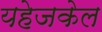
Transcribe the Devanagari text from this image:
यहेजकेल